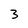
Character: 3